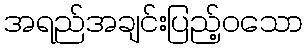
အရည်အချင်းပြည့်ဝသော